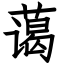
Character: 蔼